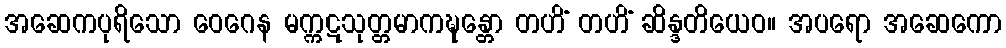
အဆေကပုရိသော ဝေဂေန မက္ကဋသုတ္တမာကဍ္ဎန္တော တဟိံ တဟိံ ဆိန္ဒတိယေဝ။ အပရော အဆေကော